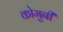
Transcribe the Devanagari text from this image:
कोमुनी